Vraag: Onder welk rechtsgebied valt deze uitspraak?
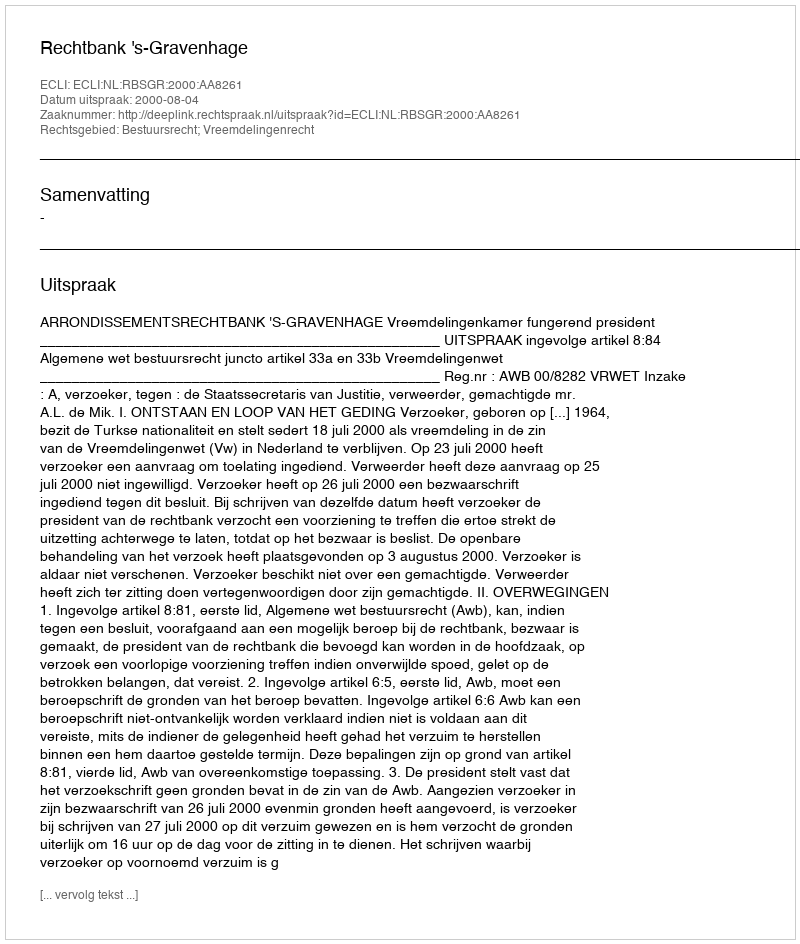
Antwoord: Bestuursrecht; Vreemdelingenrecht